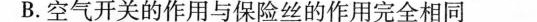
B.空气开关的作用与保险丝的作用完全相同